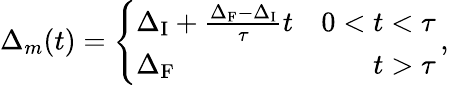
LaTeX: \Delta_{m}(t)=\left\{ \begin{array}{lr}{\Delta_{\mathrm{I}}+\frac{\Delta_{\mathrm{F}}-\Delta_{\mathrm{I}}}{\tau}t}&{0<t<\tau}\\ {\Delta_{\mathrm{F}}}&{t>\tau}\end{array}\right.\, ,